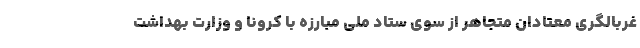
غربالگری معتادان متجاهر از سوی ستاد ملی مبارزه با کرونا و وزارت بهداشت